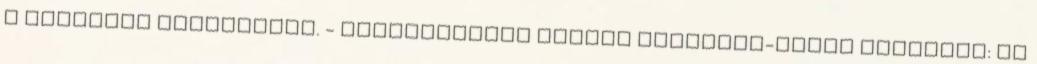
A VIRÁGNAK MEGTILTANI. - JEGYVÁSÁRLÁS Titkos Társulat-Tünet Együttes: Az